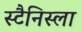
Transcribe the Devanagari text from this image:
स्टैनिस्ला